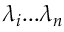
\lambda _ { i } . . . \lambda _ { n }